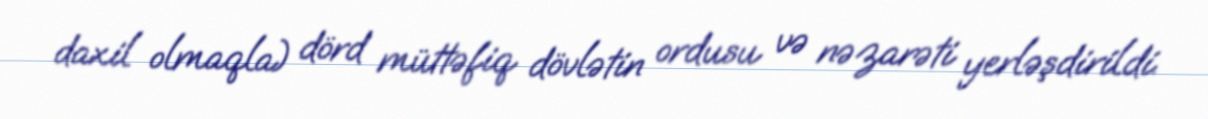
daxil olmaqla) dörd müttəfiq dövlətin ordusu və nəzarəti yerləşdirildi.